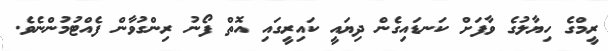
ރީމްގެ ހިޔާލުގެ ވާފަށް ކަނޑައިގެން ދިޔައީ ކައިރީގައި އޮތް ފޯނު ރިންގުވާން ފެއްޓުމުންނެވެ.